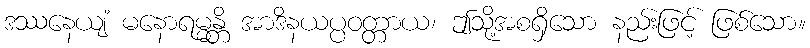
ဒဿနေယျံ မနောရမ္မန္တိ အာဒိနယပ္ပဝတ္တာယ၊ ဤသို့အစရှိသော နည်းဖြင့် ဖြစ်သော။